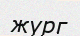
жүрг